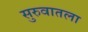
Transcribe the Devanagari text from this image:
सुरुवातला